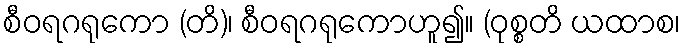
စီဝရဂရုကော (တိ)၊ စီဝရဂရုကောဟူ၍။ (ဝုစ္စတိ ယထာစ၊